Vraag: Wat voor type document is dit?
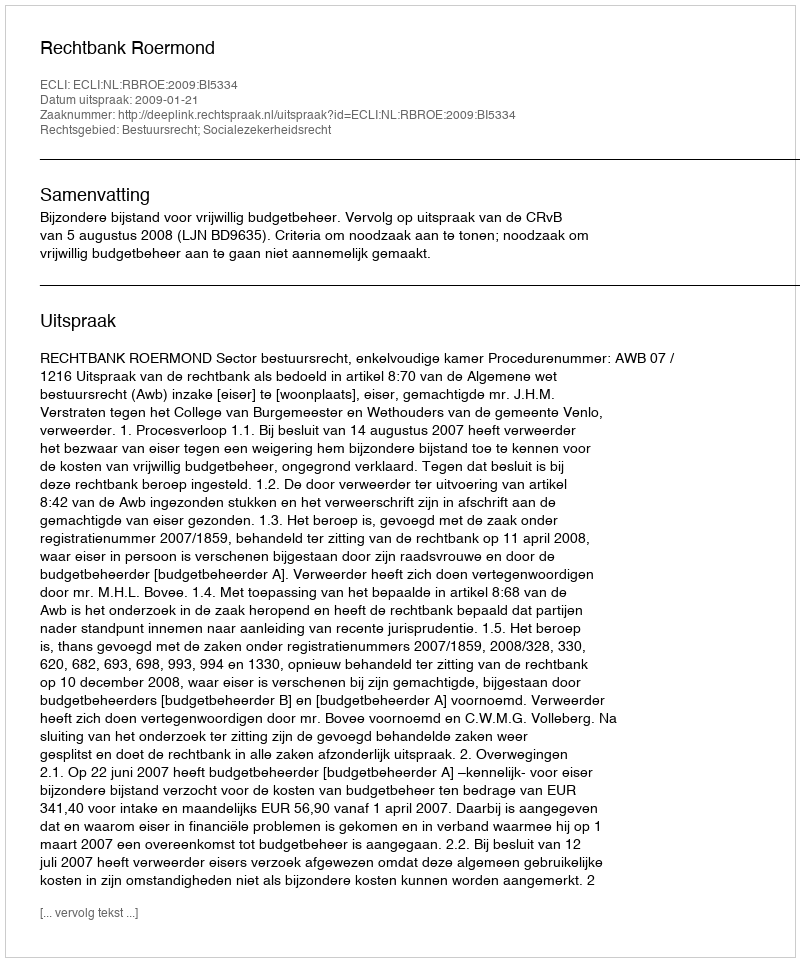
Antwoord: Uitspraak